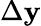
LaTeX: \Delta\mathbf{y}